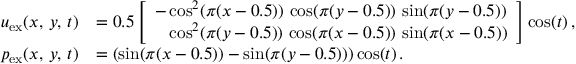
\begin{array} { r l } { \boldsymbol { u } _ { \mathrm { e x } } ( x , \, y , \, t ) } & { = 0 . 5 \left[ \begin{array} { l } { - \cos ^ { 2 } ( \pi ( x - 0 . 5 ) ) \, \cos ( \pi ( y - 0 . 5 ) ) \, \sin ( \pi ( y - 0 . 5 ) ) } \\ { \phantom { - } \cos ^ { 2 } ( \pi ( y - 0 . 5 ) ) \, \cos ( \pi ( x - 0 . 5 ) ) \, \sin ( \pi ( x - 0 . 5 ) ) } \end{array} \right] \cos ( t ) \, , } \\ { p _ { \mathrm { e x } } ( x , \, y , \, t ) } & { = ( \sin ( \pi ( x - 0 . 5 ) ) - \sin ( \pi ( y - 0 . 5 ) ) ) \cos ( t ) \, . } \end{array}